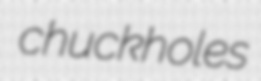
chuckholes